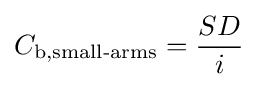
C_{\text{b,small-arms}}={\frac {SD}{i}}